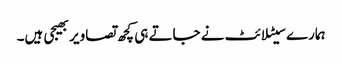
ہمارے سیٹلائٹ نے جاتے ہی کچھ تصاویر بھیجی ہیں۔